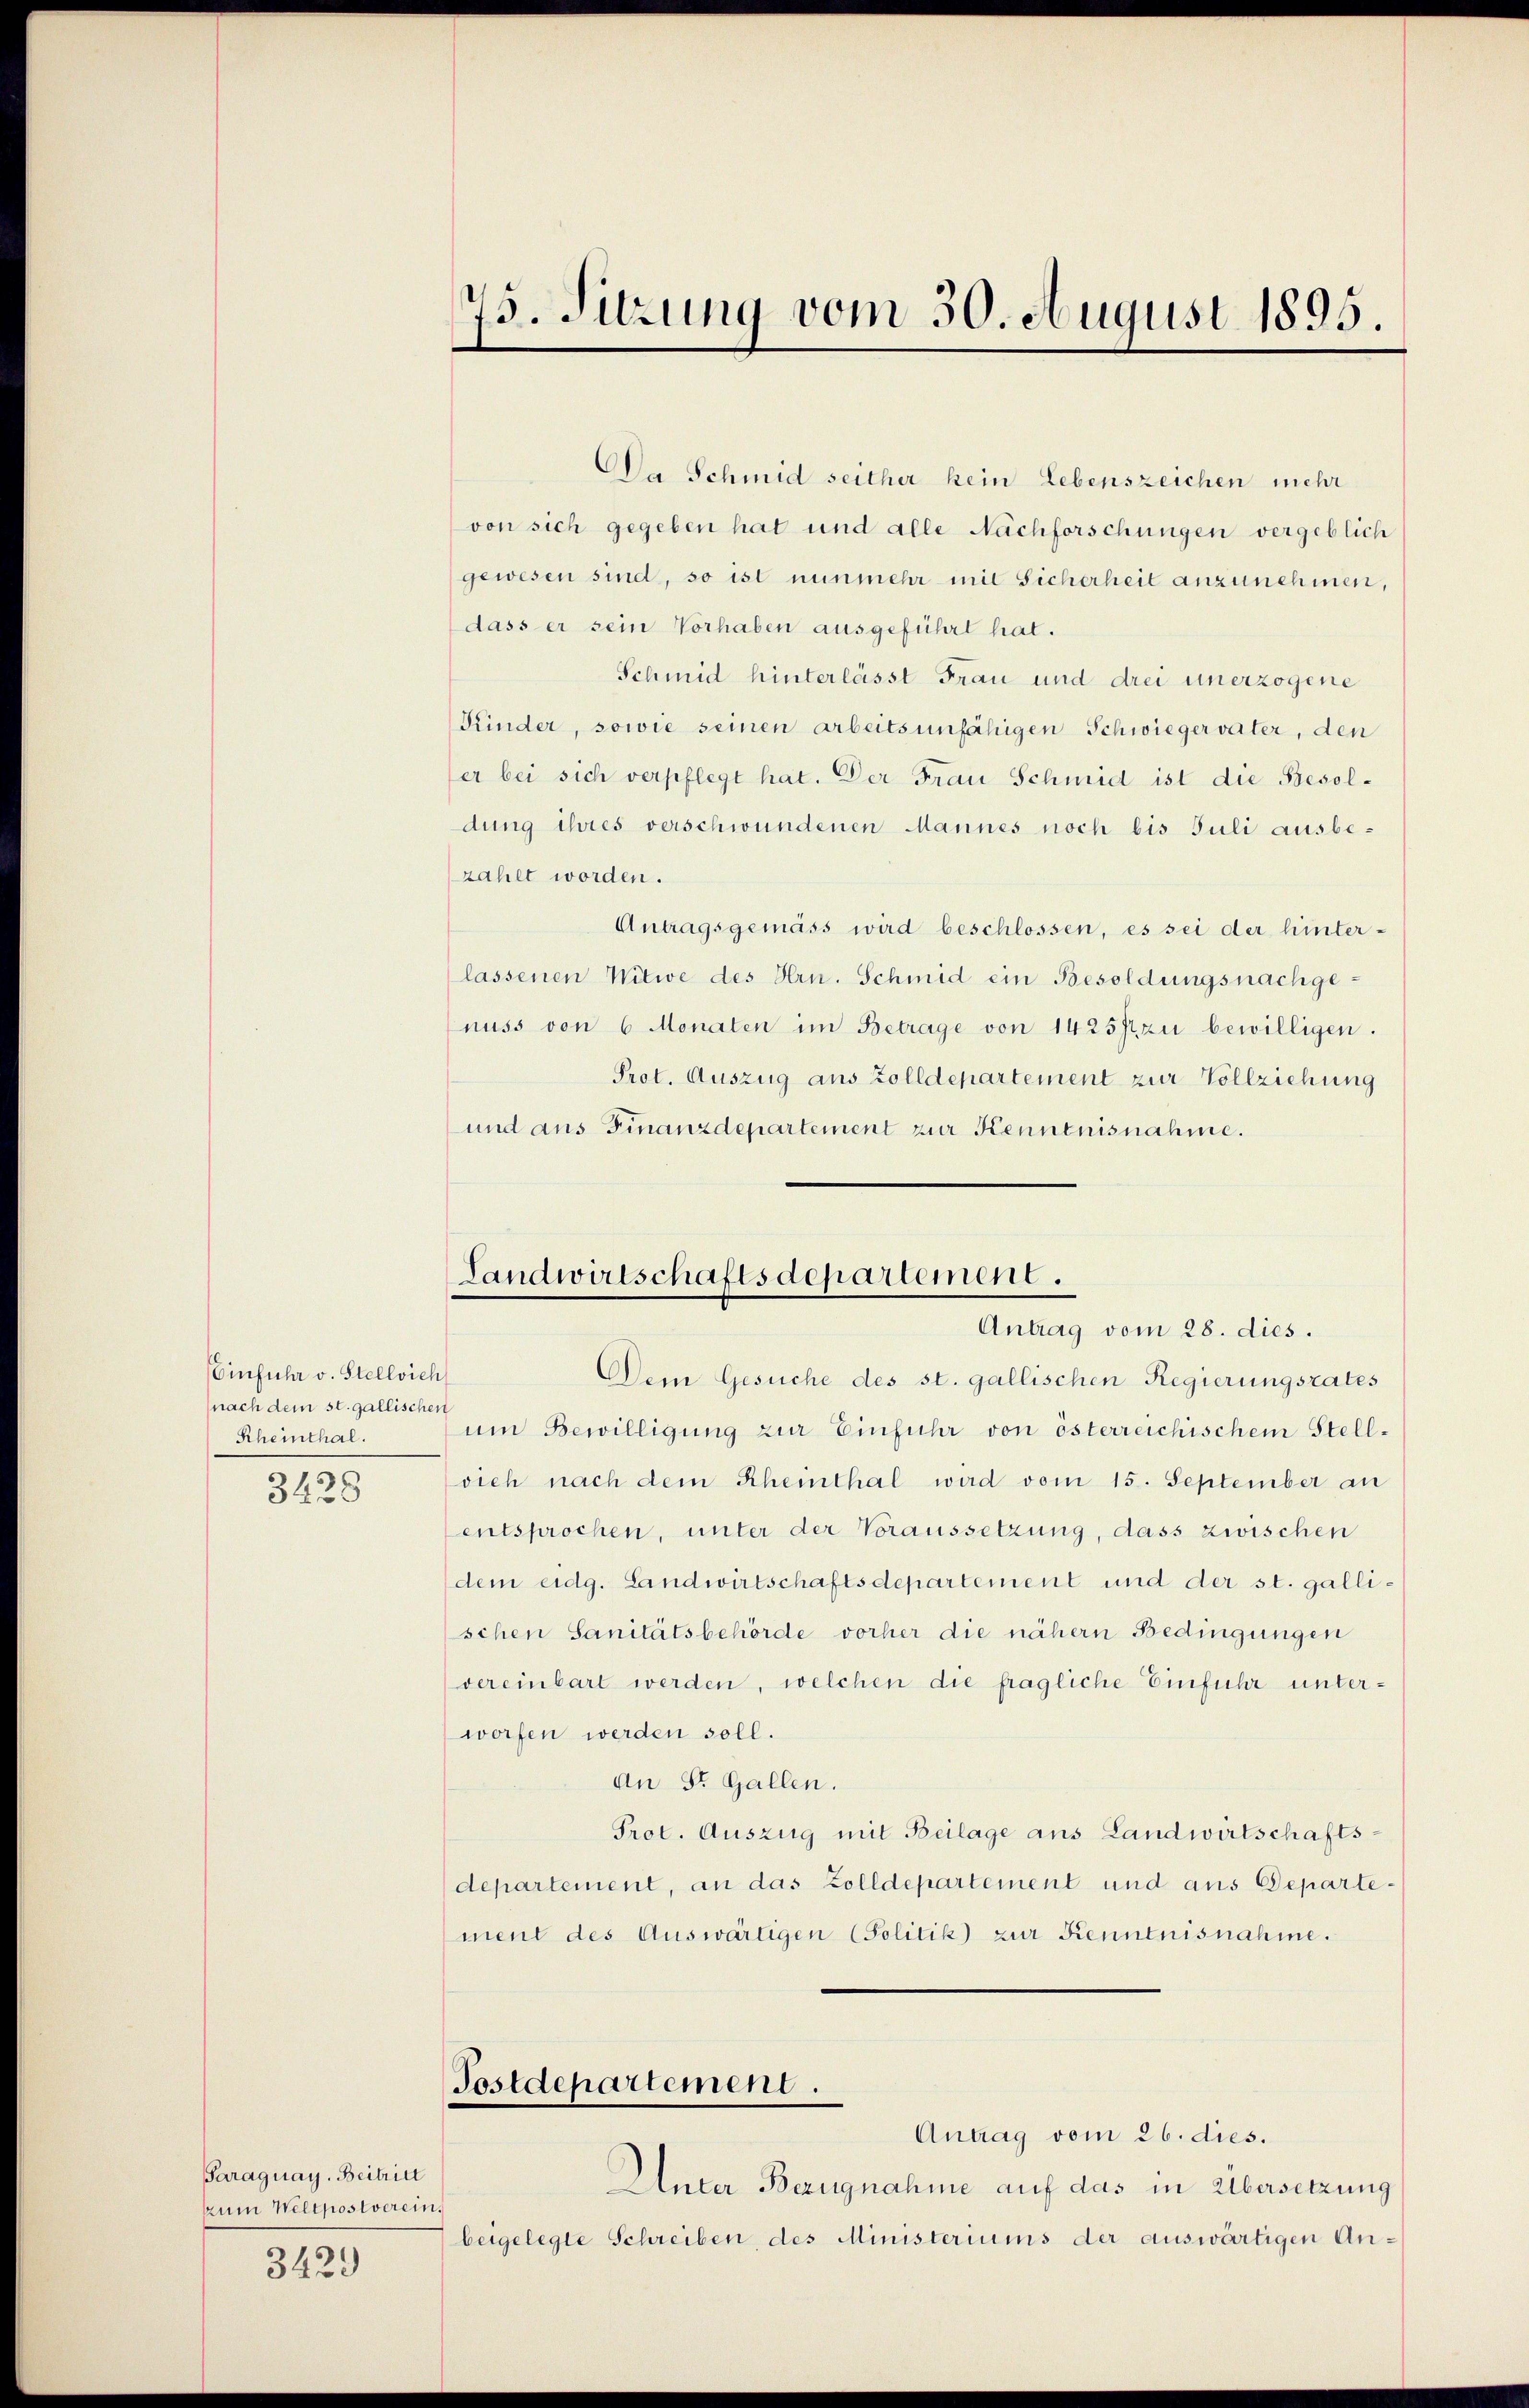
Einfuhr v. Stellvieh
nach dem st. gallischen
Rheinthal.
3428

Paraguay. Beitritt
zum Weltpostverein,

3429

Da Schmid seither kein Lebenszeichen mehr
von sich gegeben hat und alle Nachforschungen vergeblich
gewesen sind, so ist nunmehr mit Sicherheit anzunehmen,
dass er sein Vorhaben ausgeführt hat.
Schmid hinterlässt Frau und drei unerzogene
Kinder, sowie seinen arbeitsunfähigen Schwiegervater, den
er bei sich verpflegt hat. Der Frau Schmid ist die Besoldung ihres verschwundenen Mannes noch bis Juli ausbe¬
(zahlt worden.
Antragsgemäss wird beschlossen, es sei der hinter-
lassenen Witwe des Hrn. Schmid ein Besoldungsnachgenuss von 6 Monaten im Betrage von 1425 zu bewilligen.
Prot. Auszug aus Zolldepartement zur Vollziehung
und aus Finanzdepartement zur Kenntnisnahme.

Dem Gesuche des st. gallischen Regierungsrates
um Bewilligung zur Einfuhr von österreichischem Stellvieh nach dem Rheinthal wird vom 15. September an
Centsprochen, unter der Voraussetzung, dass zwischen
dem eidg. Landwirtschaftsdepartement und der st. gallischen Sanitätsbehörde vorher die nähern Bedingungen
vereinbart werden, welchen die fragliche Einfuhr unterworfen werden soll.
An St. Gallen.
Prot. Auszug mit Beilage aus Landwirtschaftsdepartement, an das Zolldepartement und aus Departement des Auswärtigen (Politik zur Kenntnisnahme.
Postdepartement.
Antrag vom 26. dies.
Unter Bezugnahme auf das in Übersetzung
beigelegte Schreiben, des Ministeriums der auswärtigen An¬

75. Sitzung vom 30. August 1895.

Landwirtschaftsdepartement.
Antrag vom 28. dies.